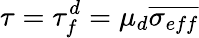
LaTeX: \tau=\tau_{f}^{d}=\mu_{d}\overline{{\sigma_{eff}}}